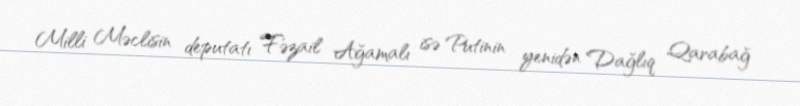
Milli Məclisin deputatı Fəzail Ağamalı isə Putinin yenidən Dağlıq Qarabağ